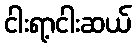
ငါးရာ့ငါးဆယ်